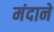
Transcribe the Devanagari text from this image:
मंदाने